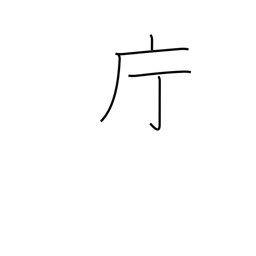
Meaning: government office